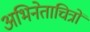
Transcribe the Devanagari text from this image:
अभिनेताचित्रों